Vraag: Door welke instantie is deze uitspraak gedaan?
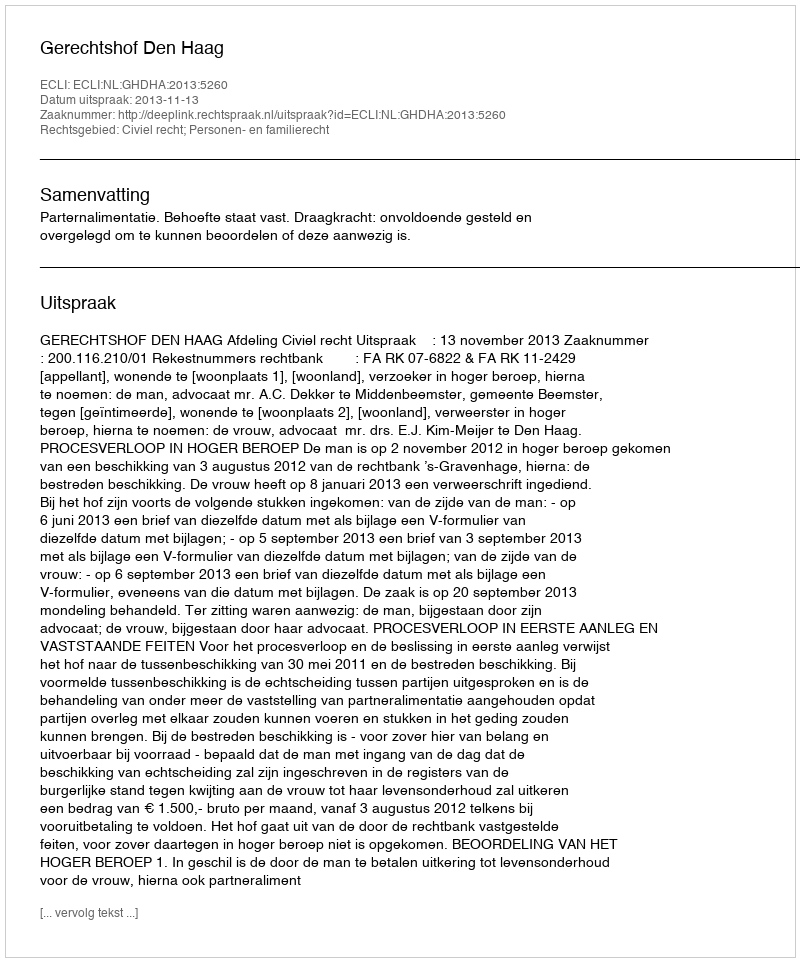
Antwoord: Gerechtshof Den Haag